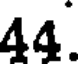
44.